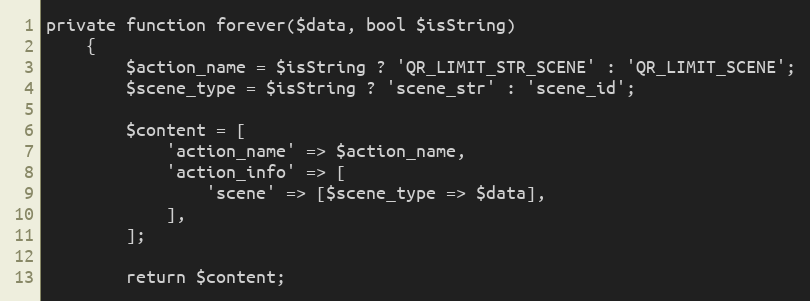
Language: PHP
private function forever($data, bool $isString)
    {
        $action_name = $isString ? 'QR_LIMIT_STR_SCENE' : 'QR_LIMIT_SCENE';
        $scene_type = $isString ? 'scene_str' : 'scene_id';

        $content = [
            'action_name' => $action_name,
            'action_info' => [
                'scene' => [$scene_type => $data],
            ],
        ];

        return $content;